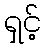
ရှင့်